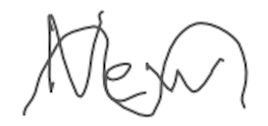
Text: New
Cross-out: wave
Writing tool: digital_gray